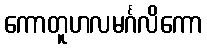
ကောတူဟလမင်္ဂလိကော